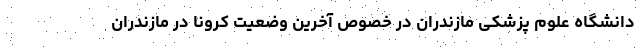
دانشگاه علوم پزشکی مازندران در خصوص آخرین وضعیت کرونا در مازندران